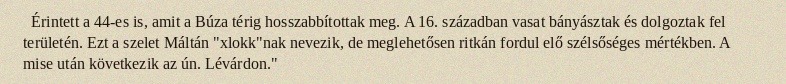
Érintett a 44-es is, amit a Búza térig hosszabbítottak meg. A 16. században vasat bányásztak és dolgoztak fel területén. Ezt a szelet Máltán "xlokk"nak nevezik, de meglehetősen ritkán fordul elő szélsőséges mértékben. A mise után következik az ún. Lévárdon."